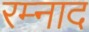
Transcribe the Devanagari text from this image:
रम्नाद